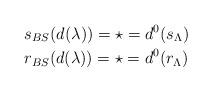
LaTeX: \begin{align*}&s_{BS}(d(\lambda))= \star = d^0(s_{\Lambda}) \\&r_{BS}(d(\lambda))= \star = d^0(r_{\Lambda})\end{align*}